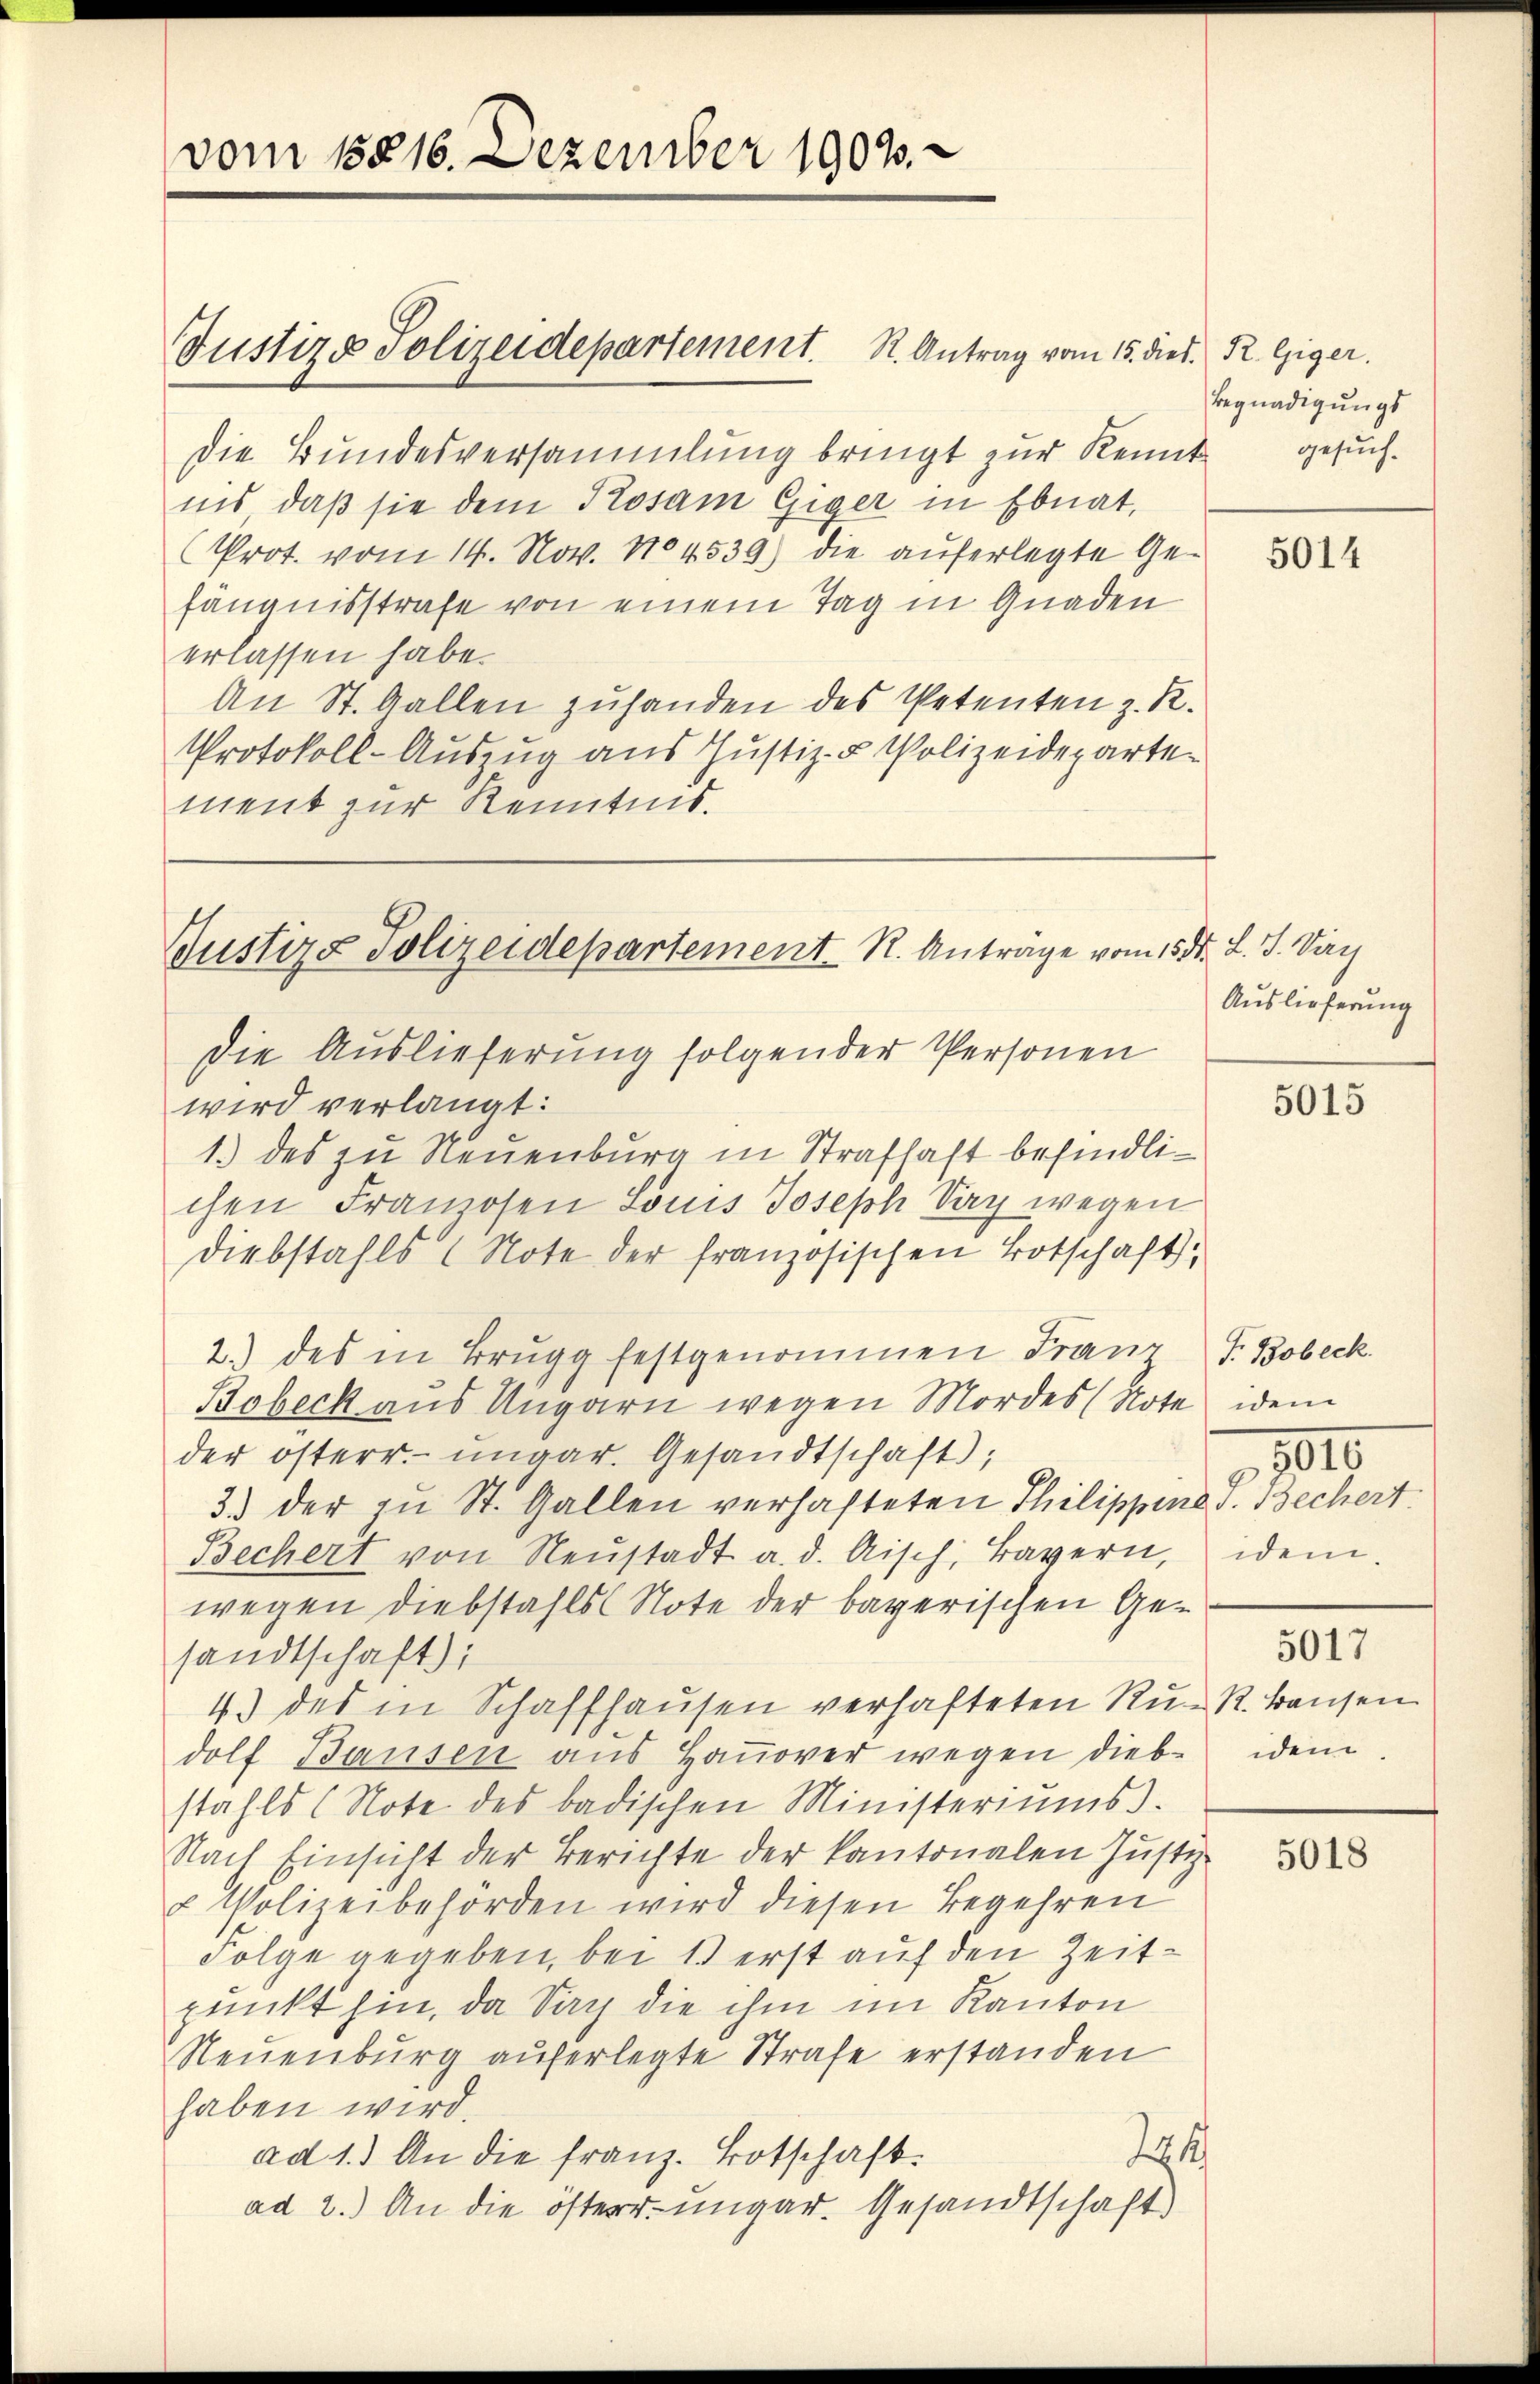
vom 15816. Dezember 1903.

Justiz & Polizeidepartement. K. Antrag vom 15. dies. R. Giger.

Die Bundesversammlung bringt zur Kennt gesuchins, daß sie dem Posam Giger in Ebnat,
Prot. vom 14. Nov. 104539) die auferlegte Gefängnisstrafe von einem Tag in Gnaden
erlassen habe.
An St. Gallen zuhanden des Petenten z. R.
Protokoll-Auszug aus Justiz- & Polizeideparten
ment zur Kenntnis.

Justiz- Polizeidepartement R. Antrage vom 15. d. J. Sac

Die Auslieferung folgender Personen
wird verlangt:
1.) des zu Neuenburg in Strafhaft befindlichen Franzosen Louis Joseph Sag wegen
Diebstahls (Note der französischen Botschaft,
2.) des in Brugg festgenommen Franz P. Bobeck
Bobeck aus Ungarn wegen Mordes (Note idem
der österr. ungar. Gesandtschaft);
3. der zu St. Gallen verhafteten Philippina v. Bechert.
Bechert von Neŭstadt a. d. Risch, Bayern,
wegen Diebstahls Note der bayerischen Gesandtschaft):
4.) des in Schaffhaŭsen verhafteten Rü- R. Hausen
dolf Bausen aus Hanover wegen diese idem
stahls (Note des badischen Ministeriŭms.
Nach Einsicht der Berichte der kantonalen Justiz-
u Polizeibehörden wird diesen Begehren
Folge gegeben, bei 1 erst auf den Zeitpunkt hin, da Nach die ihm im Kanton
Neuenburg auferlegte Strafe erstanden
haben wird.
224
ad 1.) An die Franz Botschaft.
ad 2.) An die österr. ungar. Gesandtschaft

Begnadigungs

5014

Auslieferung

5015

1010
idem.
5017

5018